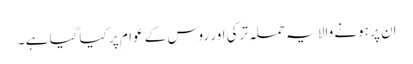
ان پر ہونے والا یہ حملہ ترکی اور روس کے عوام پر کیا گیا ہے ۔